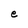
Character: e